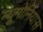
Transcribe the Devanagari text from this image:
न्यूमोनियास